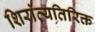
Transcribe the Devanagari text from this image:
शिरांव्यतिरिक्त